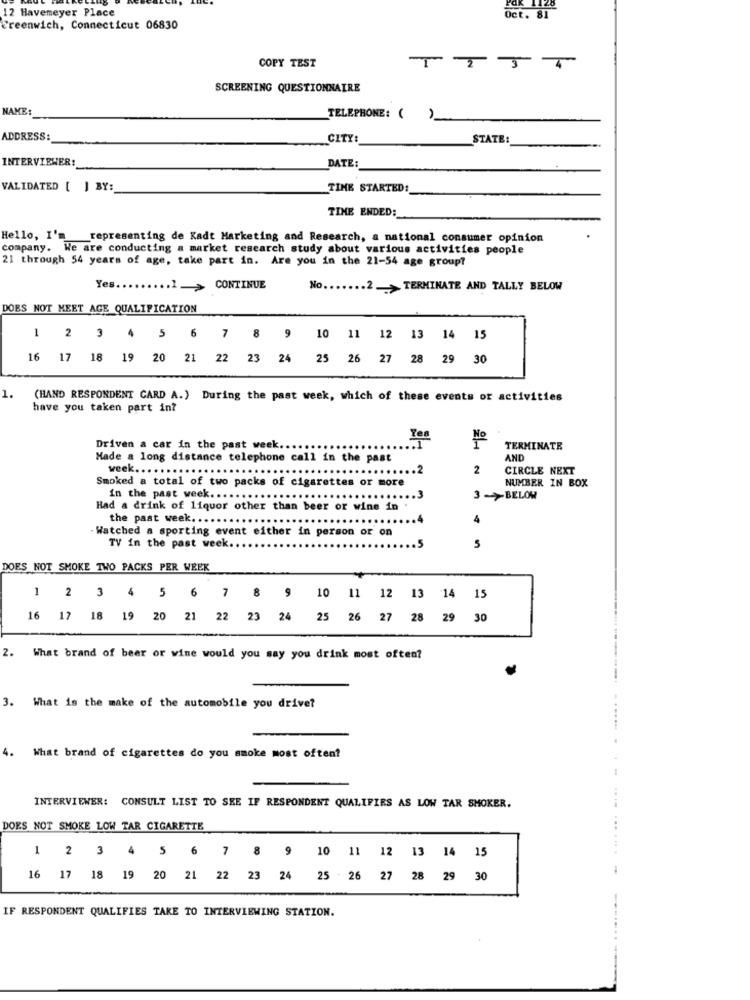
1128
12 Havemeyer Place
Oct. 81
Greenwich, Connecticut 06830
COPY TEST
SCREENING QUESTIONNAIRE
NAME:
TELEPHONE: ()
ADDRESS:
CITY
STATE:
INTERVIEWER:
DATE:
VALIDATED [ ] BY:
TIME STARTED:
TIME ENDED:
Hello, I'm representing de Kadt Marketing and Research, a national consumer opinion
company. We are conducting a market research study about various activities people
21 through 54 years of age, take part in. Are you in the 21-54 age group?
Yes.
CONTINUE
No ....... 2 .> TERMINATE AND TALLY BELOW
DOES NOT MEET AGE QUALIFICATION
1
2 3
4
5 6 7 8 9 10 11 12 13 14 15
16 17 18 19 20 21 22 23 24 25 26 27 28 29 30
1.
(HAND RESPONDENT CARD A.) During the past week, which of these events of activities
have you taken part in?
Yes
Driven a car in the past week.
TERMINATE
Made a long distance telephone call in the past
AND
week.
.2
2
CIRCLE NEXT
Smoked a total of two packs of cigarettes or more
NUMBER IN BOX
in the past week. ..
... 3
3->BELOW
Had a drink of liquor other than beer or wine in
the past week. ...
4
- Watched a sporting event either in person or on
TV in the past week ..
S
DOES NOT SMOKE TWO PACKS PER WEEK
1 2 3 4 5 6 7 8 9 10 11 12 13 14
15
16 17 18 19 20 21 22 23 24 25 26 27 28 29 30
2.
What brand of beer or wine would you say you drink most often?
3.
What is the make of the automobile you drive?
4.
What brand of cigarettes do you smoke most often?
INTERVIEWER: CONSULT LIST TO SEE IF RESPONDENT QUALIFIES AS LOW TAR SMOKER.
DOES NOT SMOKE LOW TAR CIGARETTE
-
2 3 4 5 6 7 8 9 10 11 12 13 14 15
16 17 18 19 20 21 22 23 24 25 -26 27 28 29 30
IF RESPONDENT QUALIFIES TAKE TO INTERVIEWING STATION.